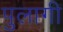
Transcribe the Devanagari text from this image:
पुलागी